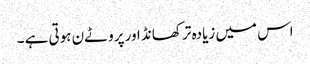
اس میں زیادہ تر کھانڈ اور پروٹےن ہوتی ہے ۔